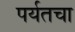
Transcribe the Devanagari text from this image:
पर्यतचा